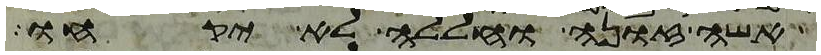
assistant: אשה זונה וחללה לא יקחו